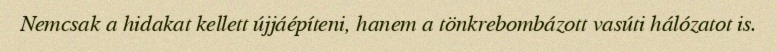
Nemcsak a hidakat kellett újjáépíteni, hanem a tönkrebombázott vasúti hálózatot is.